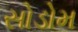
સોડોમ